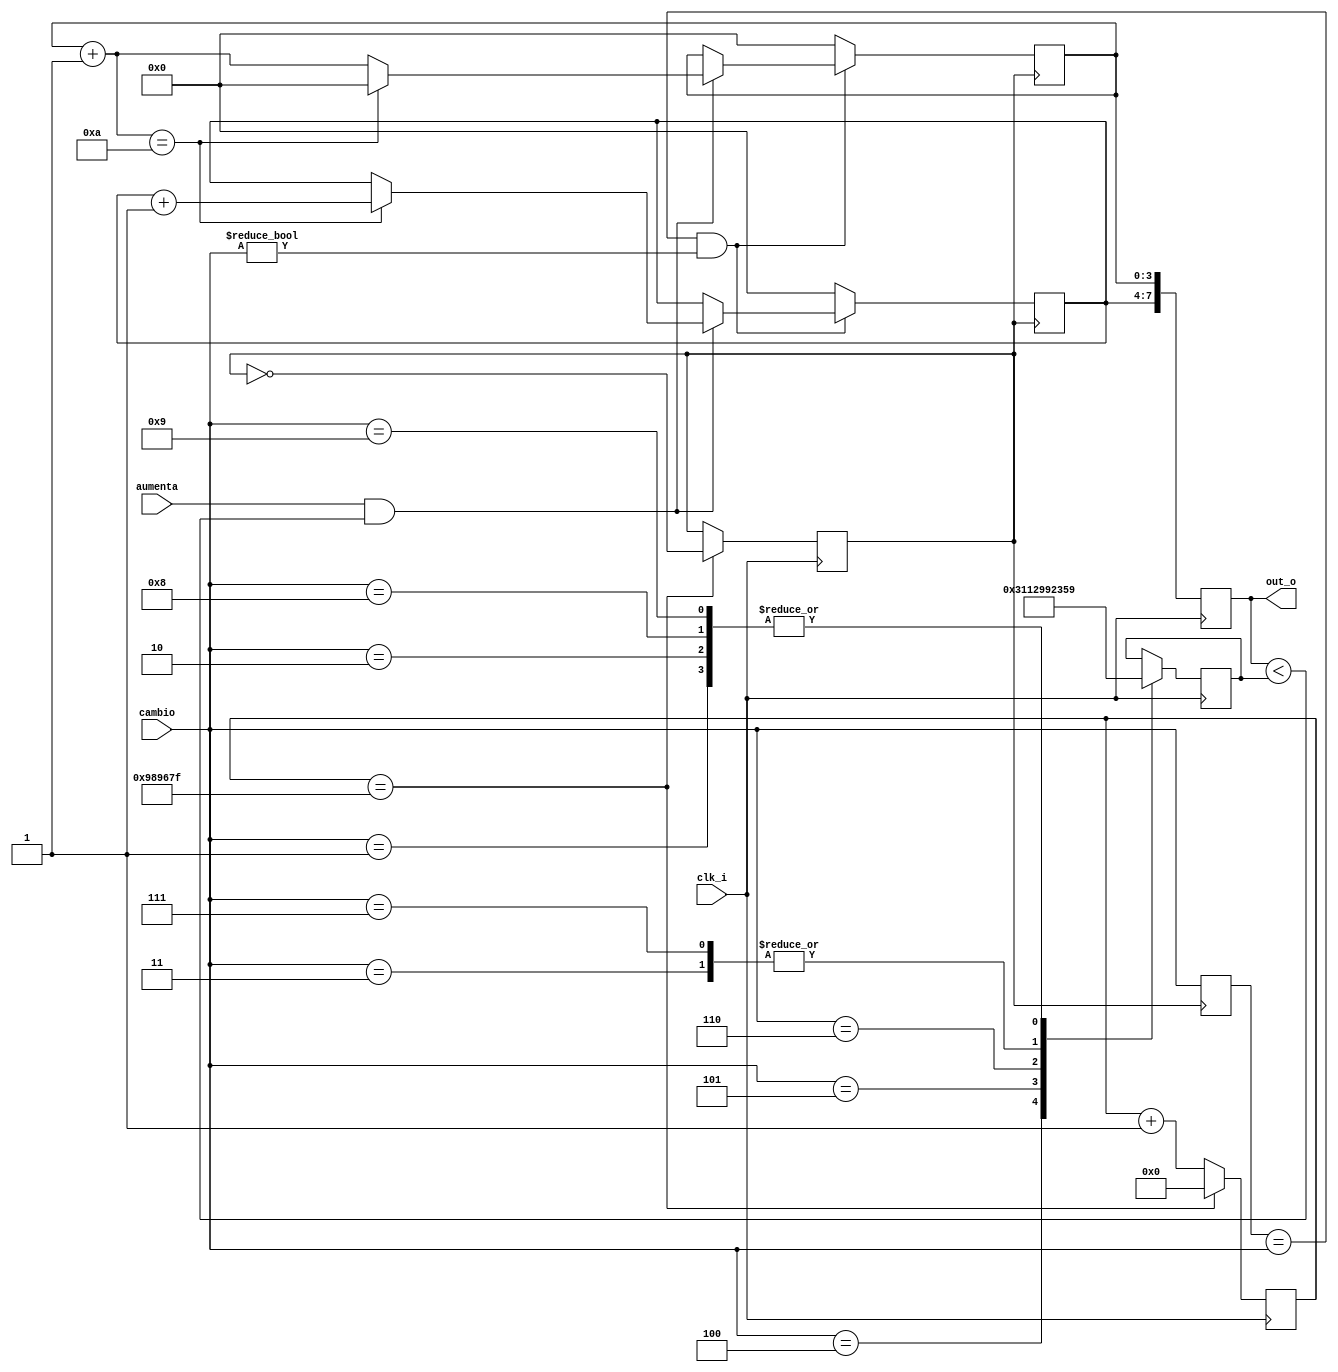
`timescale 1ns / 1ps
//////////////////////////////////////////////////////////////////////////////////
// Company: 
// 
// Design Name: 
// Module Name:    controlnumero 
// Project Name: 
// Target Devices: 
// Tool versions: 
// Description: 
//
// Dependencies: 
//
// Revision: 
// Revision 0.01 - File Created
// Additional Comments: 
//
//////////////////////////////////////////////////////////////////////////////////
module controlnumero(clk_i,aumenta,cambio,out_o);

input aumenta,clk_i;
input wire [3:0] cambio;

output reg[7:0]out_o;


reg clkinterno=1'b0;
reg [23:0]conta=24'b0;
reg [3:0] decenas=4'b0000;
reg [3:0] unidades=4'b0000;
reg [7:0] limite=8'b0;
reg [3:0] cambioanterior=4'b1111;


always@(posedge clk_i)
	begin
		if (conta==25'd9999999)//9999999
			begin
				conta=25'b0;
				clkinterno=~clkinterno;
			end
		else
			conta=conta+1'b1;
	end
	
	
always@(posedge clkinterno)//clkinterno
	begin
		
			if (cambioanterior==cambio && cambio!=4'b0000)
				begin
					cambioanterior=cambio;
					if(aumenta && out_o<limite)
						begin
						unidades=unidades+1'b1;
						if(unidades==4'd10)
							begin
							decenas=decenas+1'b1;
							unidades=4'b0;
							end
						end			
				
				end
			else
				begin
				cambioanterior=cambio;
				unidades=4'b0;
				decenas=4'b0;
				end
			 
	end	

always@(posedge clk_i)
begin
out_o={decenas,unidades};
case(cambio)
		
		4'b0001: begin 
					limite=8'h59;
					//limitedec =4'd5;
					//limiteuni =4'd9;
					end
		4'b0010: begin 
					limite=8'h59;
					//limitedec =4'd5;
					//limiteuni =4'd9;
					end
		4'b0011: begin 
					limite=8'h23;
					//limitedec =4'd2;
					//limiteuni =4'd3;
					end
		4'b0100: begin 
					limite=8'h31;
					//limitedec =4'd3 ;
					//limiteuni =4'd1 ;
					end
      4'b0101: begin 
					limite=8'h12;
					//limitedec =4'd1 ;
					//limiteuni =4'd2 ;
					end
      4'b0110: begin 
					limite=8'h99;
					//limitedec =4'd9 ;
					//limiteuni =4'd9 ;
					end
      4'b0111: begin 
					limite=8'h23;
					//limitedec =4'd2 ;
					//limiteuni =4'd3 ;
					end
		4'b1000: begin 
					limite=8'h59;
					//limitedec =4'd5 ;
					//limiteuni =4'd9 ;
					end
		4'b1001: begin 
					limite=8'h59;
					//limitedec =4'd5 ;
					//limiteuni =4'd9 ;
					end
	endcase
end


		
endmodule